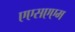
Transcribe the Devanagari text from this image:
एएसएएम